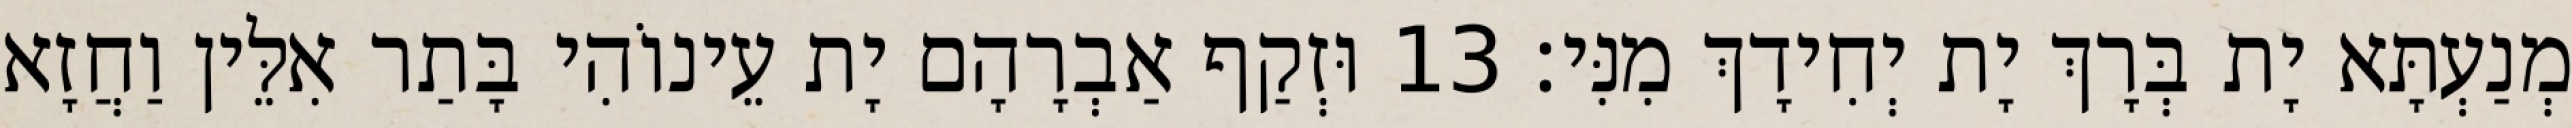
מְנַעְתָּא יָת בְּרָךְ יָת יְחִידָךְ מִנִּי׃ 13 וּזְקַף אַבְרָהָם יָת עֵינוֹהִי בָּתַר אִלֵּין וַחֲזָא